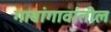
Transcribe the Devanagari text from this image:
गावांगावांतील